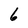
Character: 6